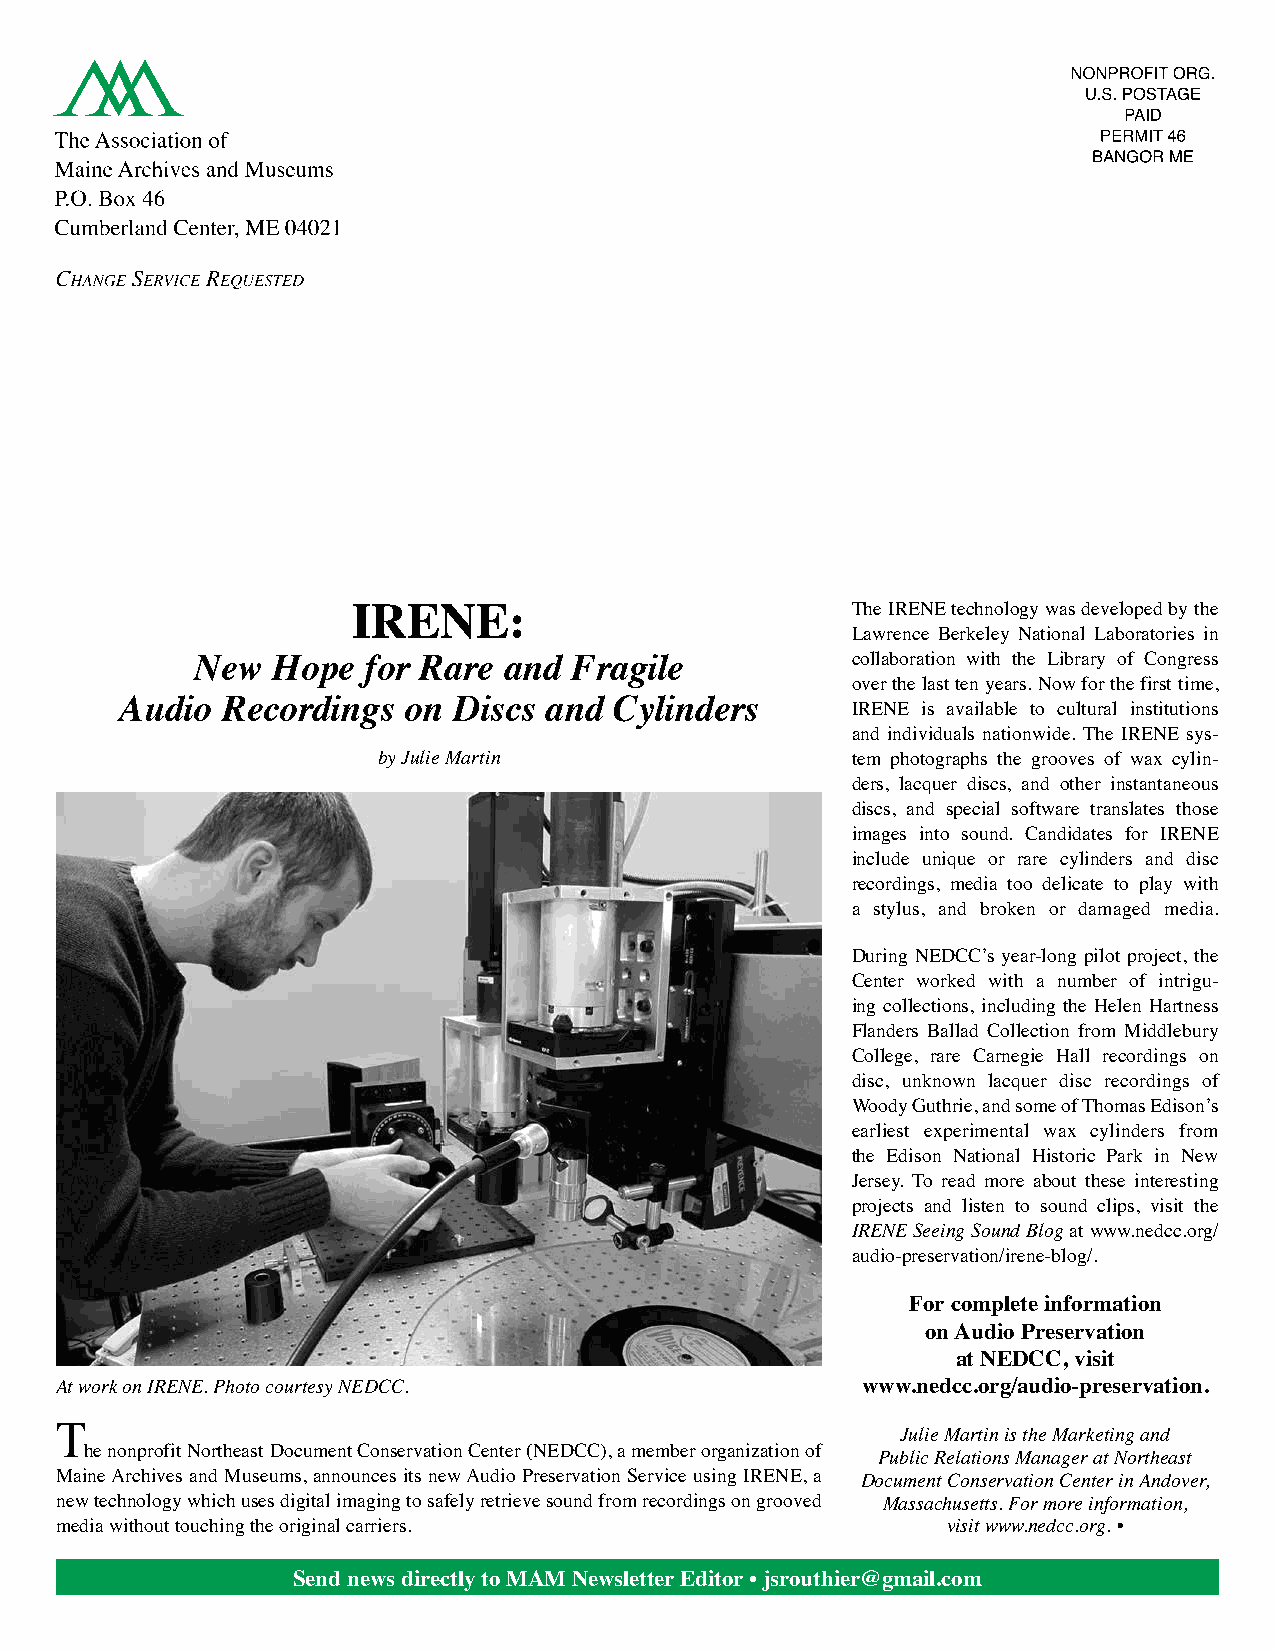
IRENE:                           The IRENE technology was developed by the
 Lawrence Berkeley National Laboratories in
 New  Hope  for Rare and  Fragile           collaboration with the Library of Congress
 over the last ten years. Now for the first time,
 Audio  Recordings  on Discs and  Cylinders      IRENE is available to cultural institutions
 and individuals nationwide. The IRENE sys-
 by Julie Martin                tem photographs the grooves of wax cylin-
 ders, lacquer discs, and other instantaneous
 discs, and special software translates those
 images into sound. Candidates for IRENE
 include unique or rare cylinders and disc
 recordings, media too delicate to play with
 a stylus, and broken or damaged media.
 During NEDCC’s year-long pilot project, the
 Center worked with a number of intrigu-
 ing collections, including the Helen Hartness
 Flanders Ballad Collection from Middlebury
 College, rare Carnegie Hall recordings on
 disc, unknown lacquer disc recordings of
 Woody Guthrie, and some of Thomas Edison’s
 earliest experimental wax cylinders from
 the Edison National Historic Park in New
 Jersey. To read more about these interesting
 projects and listen to sound clips, visit the
 IRENE Seeing Sound Blog at www.nedcc.org/
 audio-preservation/irene-blog/.
 For complete information
 on Audio Preservation
 at NEDCC, visit
 At work on IRENE. Photo courtesy NEDCC.              www.nedcc.org/audio-preservation.
 T                                                       Julie Martin is the Marketing and
 he nonprofit Northeast Document Conservation Center (NEDCC), a member organization of Public Relations Manager at Northeast
 Maine Archives and Museums, announces its new Audio Preservation Service using IRENE, a Document Conservation Center in Andover,
 new technology which uses digital imaging to safely retrieve sound from recordings on grooved Massachusetts. For more information,
 media without touching the original carriers.              visit www.nedcc.org. •
 Send news directly to MAM Newsletter Editor • jsrouthier@gmail.com